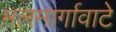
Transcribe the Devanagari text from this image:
मलमार्गावाटे